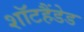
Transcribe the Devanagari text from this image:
शॉटहैंडेड